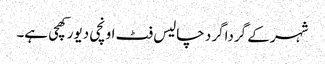
شہر کے گرداگر د چالیس فٹ اونچی دیور کھچی ہے۔